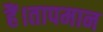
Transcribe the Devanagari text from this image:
हैं।तापमान